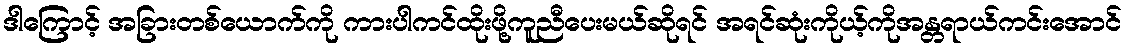
ဒါကြောင့် အခြားတစ်ယောက်ကို ကားပါကင်ထိုးဖို့ကူညီပေးမယ်ဆိုရင် အရင်ဆုံးကိုယ့်ကိုအန္တရာယ်ကင်းအောင်